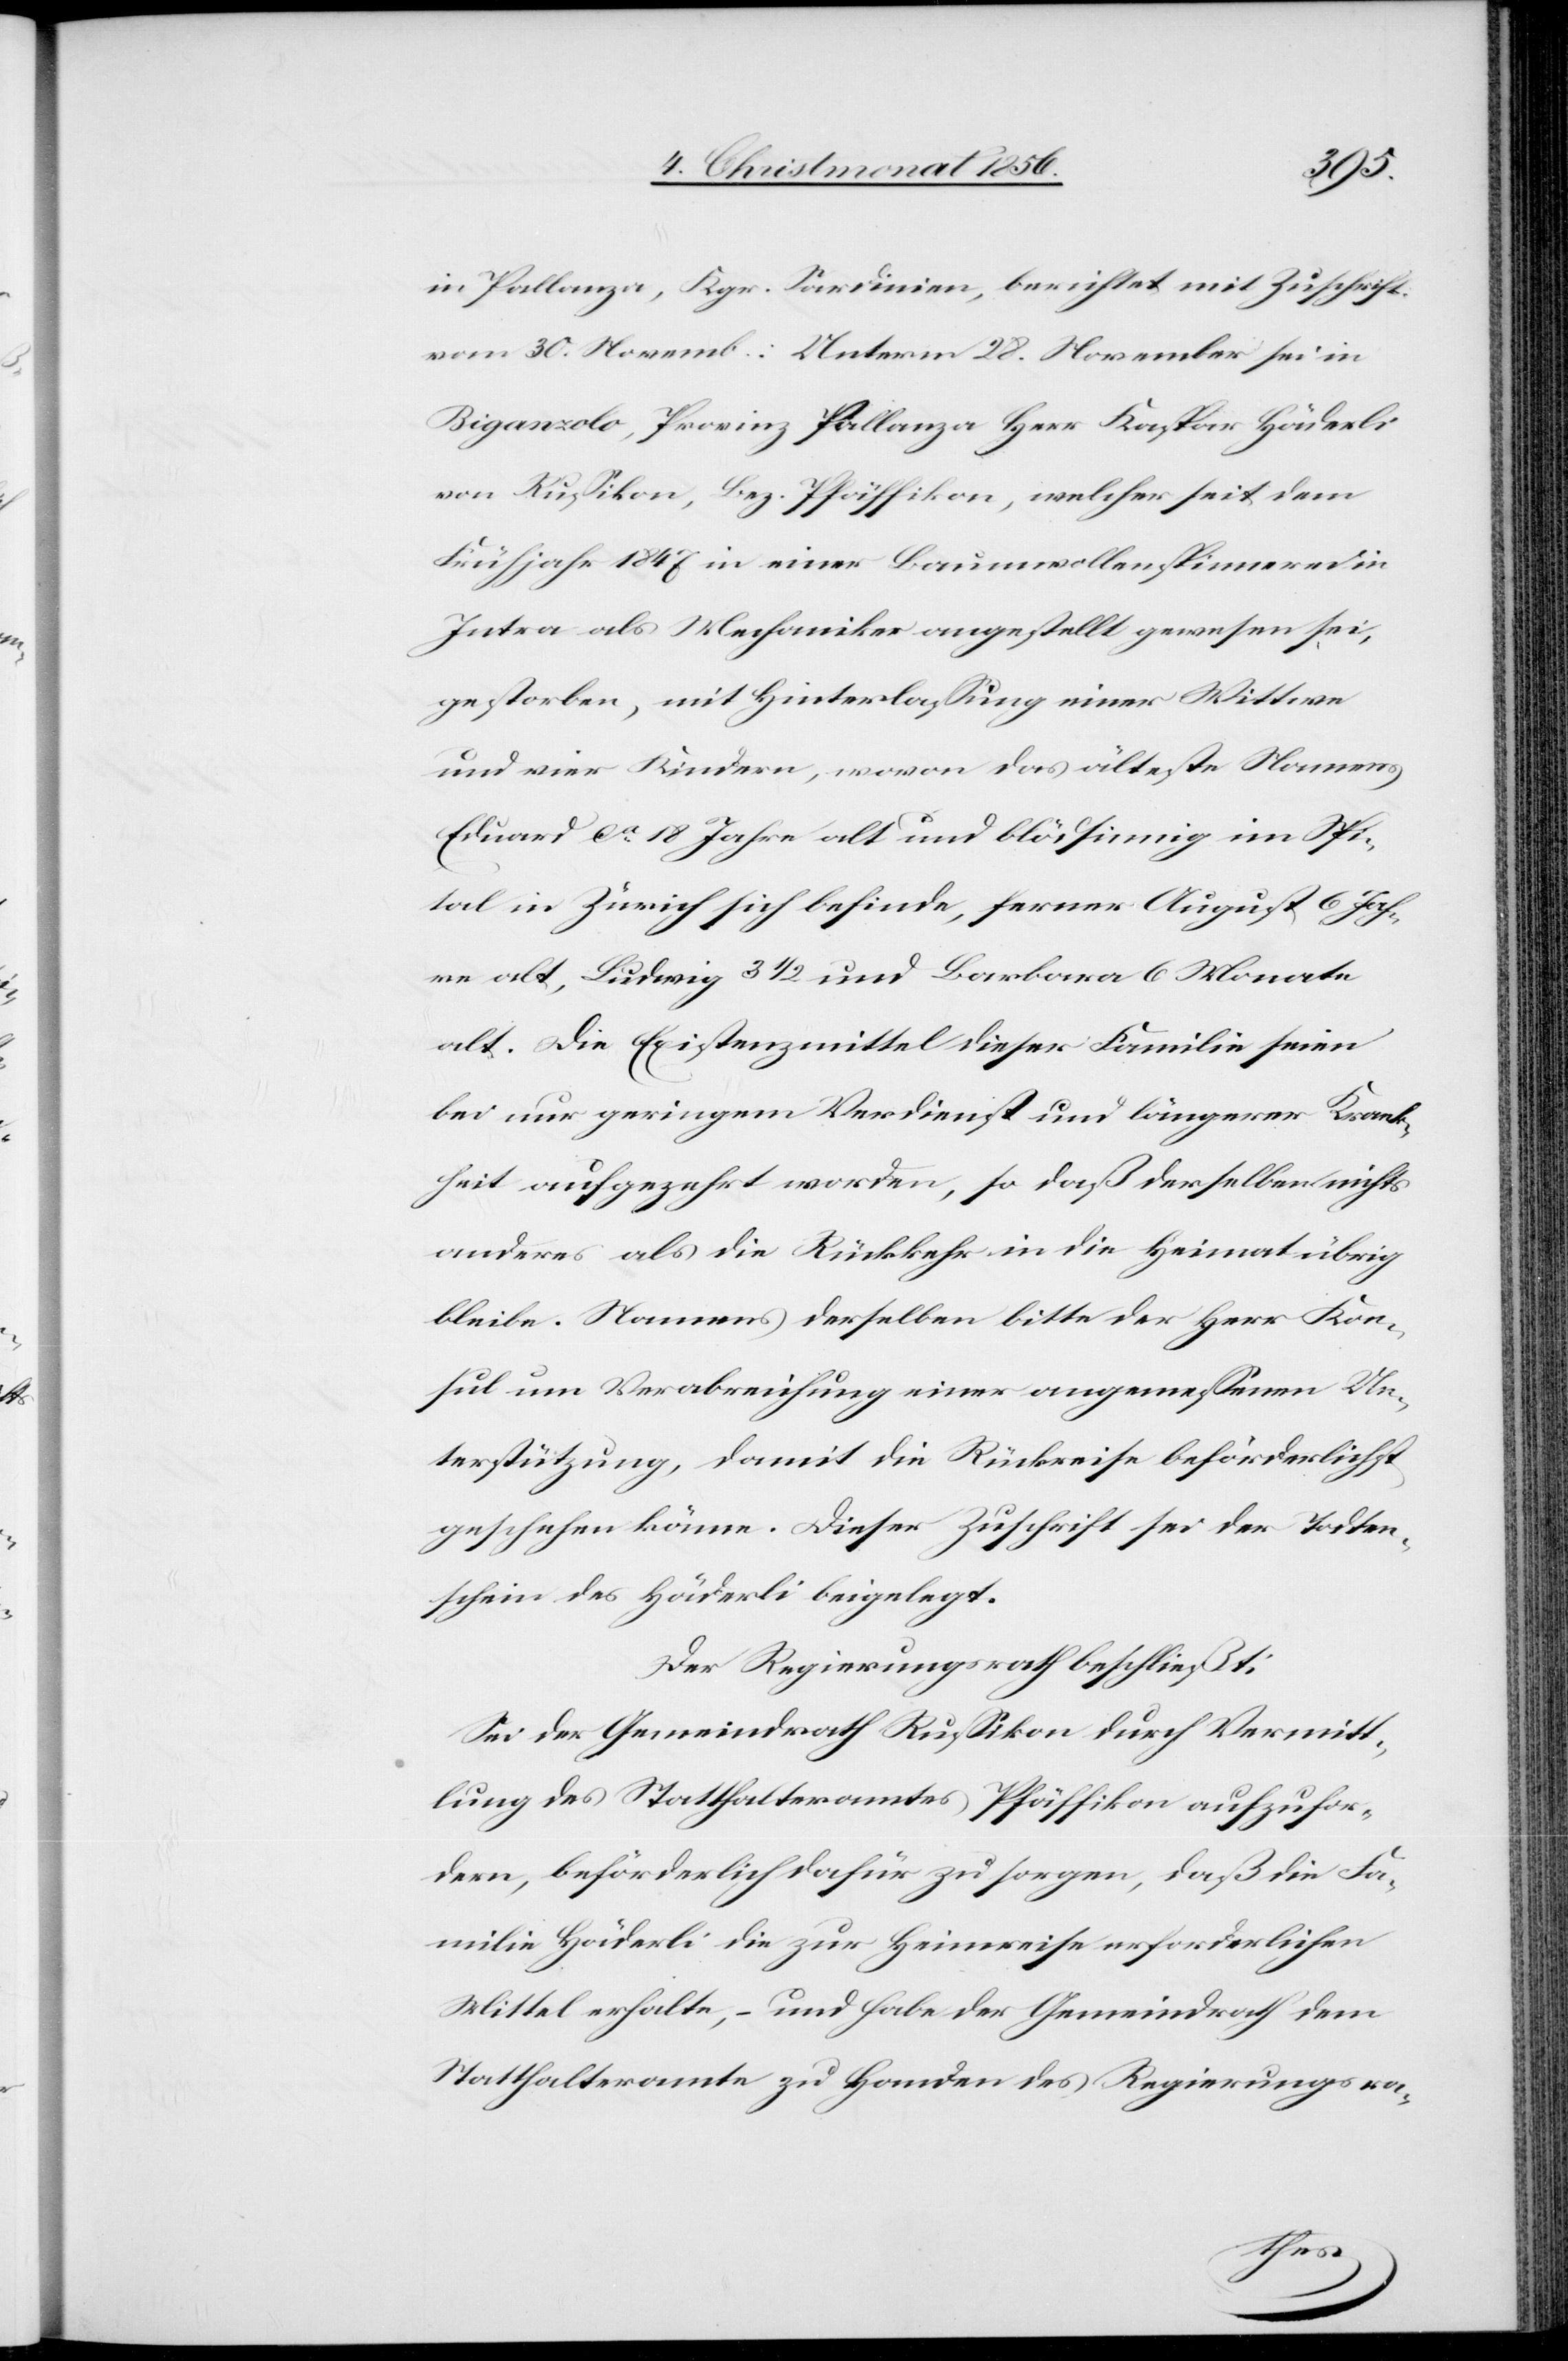
in Pallanza, Kgr. Sardinien, berichtet mit Zuschrift
vom 30. Novemb.: Unterm 28. November sei in
Biganzolo, Provinz Pallanza Herr Kaspar Häderli
von Russikon, Bez. Pfäffikon, welcher seit dem
Frühjahr 1847 in einer Baumwollenspinnerei in
Intra als Mechaniker angestellt gewesen sei,
gestorben, mit Hinterlassung einer Wittwe
und vier Kindern, wovon das älteste Namens
Eduard ca 18 Jahre alt und blödsinnig im Spi¬
tal in Zürich sich befinde, ferner August 6 Jah¬
re alt, Ludwig 3 ½ Jahre und Barbara 6 Monate
alt. Die Existenzmittel dieser Familie seien
bei nur geringem Verdienst und längerer Krank¬
heit aufgezehrt worden, so daß derselben nichts
anderes als die Rückkehr in die Heimat übrig
bleibe. Namens derselben bitte der Herr Kon¬
sul um Verabreichung einer angemessenen Un¬
terstützung, damit die Rückreise beförderlichst
geschehen könne. Dieser Zuschrift sei der Todten¬
schein des Häderli beigelegt.
Der Regierungsrath beschließt:
Sei der Gemeindrath Russikon durch Vermitt¬
lung des Statthalteramtes Pfäffikon aufzufor¬
dern, beförderlich dafür zu sorgen, daß die Fa¬
milie Häderli die zur Heimreise erforderlichen
Mittel erhalte, – und habe der Gemeindrath dem
Statthalteramte zu Handen des Regierungsra-